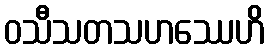
ဝသီသတသဟဿေဟိ